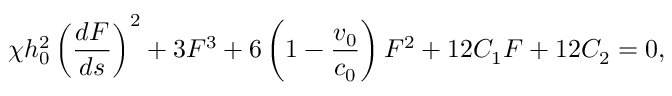
\chi h _ { 0 } ^ { 2 } \left( \frac { d F } { d s } \right) ^ { 2 } + 3 F ^ { 3 } + 6 \left( 1 - \frac { v _ { 0 } } { c _ { 0 } } \right) F ^ { 2 } + 1 2 C _ { 1 } F + 1 2 C _ { 2 } = 0 ,